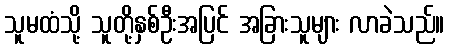
သူမထံသို့ သူတို့နှစ်ဦးအပြင် အခြားသူများ လာခဲသည်။